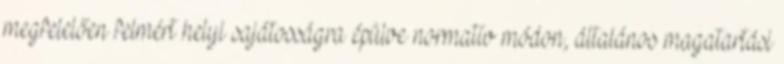
megfelelően felmért helyi sajátosságra épülve normatív módon, általános magatartási